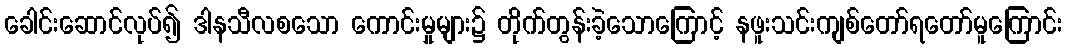
ခေါင်းဆောင်လုပ်၍ ဒါနသီလစသော ကောင်းမှုများ၌ တိုက်တွန်းခဲ့သောကြောင့် နဖူးသင်းကျစ်တော်ရတော်မူကြောင်း